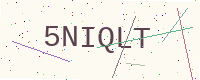
Text: 5NIQLT